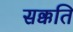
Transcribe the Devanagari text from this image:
सक्कति